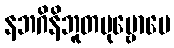
နဘဂိနိဘူတပုဗ္ဗောပေ